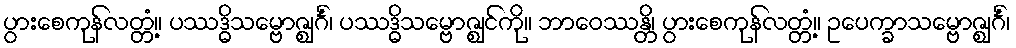
ပွားစေကုန်လတ္တံ့။ ပဿဒ္ဓိသမ္ဗောဇ္ဈင်္ဂံ၊ ပဿဒ္ဓိသမ္ဗောဇ္ဈင်ကို။ ဘာဝေဿန္တိ၊ ပွားစေကုန်လတ္တံ့။ ဥပေက္ခာသမ္ဗောဇ္ဈင်္ဂံ၊